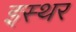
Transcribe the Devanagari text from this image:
इस्थर